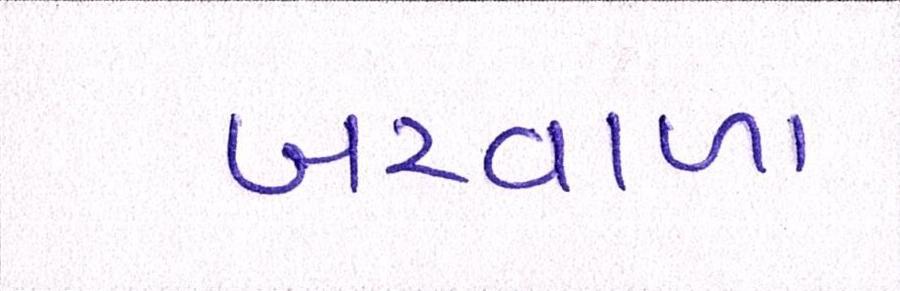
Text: બરવાળા